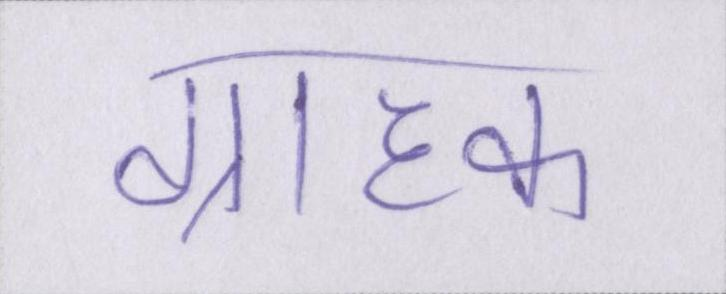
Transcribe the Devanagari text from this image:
ग्राहक